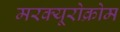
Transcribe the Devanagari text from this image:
मरक्यूरोक्रोम